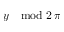
y \mod 2 \, \pi